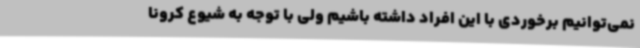
نمی‌توانیم برخوردی با این افراد داشته باشیم ولی با توجه به شیوع کرونا